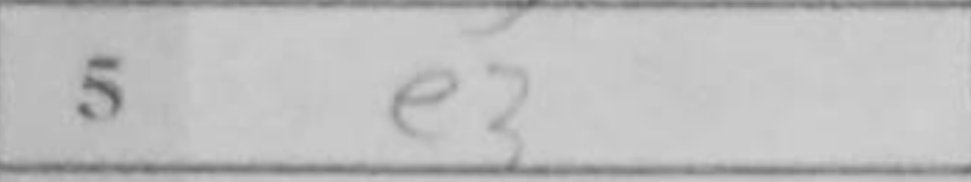
Transcription: e3